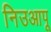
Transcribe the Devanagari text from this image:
निउआपू